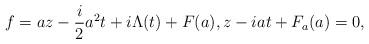
LaTeX: \begin{align*}f=az-\frac i2a^2t+i\Lambda(t)+F(a),z-iat+F_a(a)=0,\end{align*}